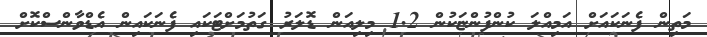
މަތިން ފެނަކައަށް އަމިއްލަ ކުންފުންޏަކުން 1.2 މިލިއަން ޑޮލަރު ގަތުމަށްޓަކައި ފެނަކައިން އެޑްވާންސްކޮށް